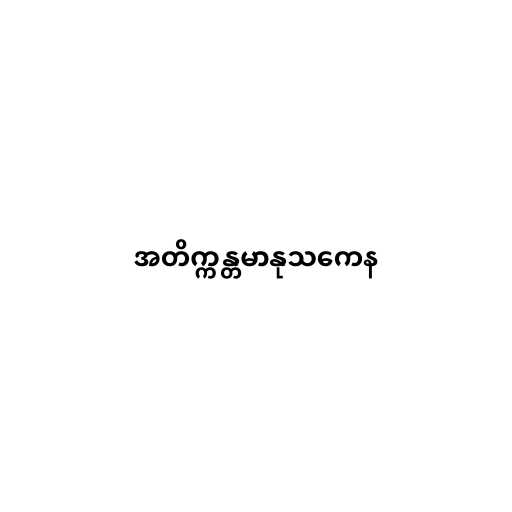
အတိက္ကန္တမာနုသကေန